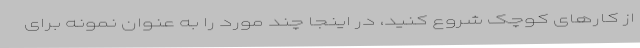
از کارهای کوچک شروع کنید، در اینجا چند مورد را به عنوان نمونه برای